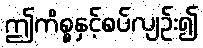
ဤကိစ္စနှင့်စပ်လျဉ်း၍